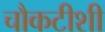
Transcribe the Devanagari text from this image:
चौकटीशी